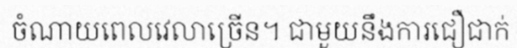
ចំណាយពេលវេលាច្រើន។ ជាមួយនឹងការជឿជាក់